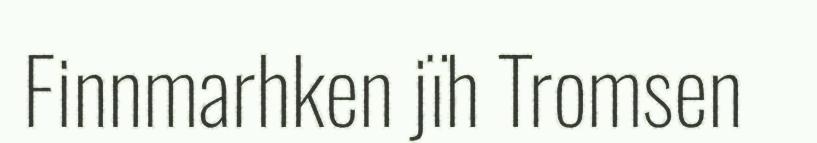
Finnmarhken jïh Tromsen